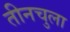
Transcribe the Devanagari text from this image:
तीनचुला